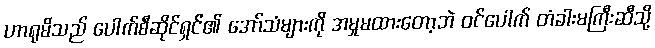
ဟာရုမိသည် ပေါက်စီဆိုင်ရှင်၏ အော်သံများကို အမှုမထားတော့ဘဲ ဝင်ပေါက် တံခါးမကြီးဆီသို့